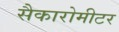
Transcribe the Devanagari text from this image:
सैकारोमीटर